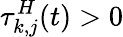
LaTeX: \tau_{k,j}^{H}(t)>0